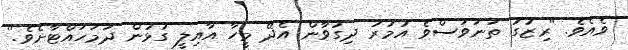
ވެއެވެ. "ރިޒުގު ތަނަވަސްވެ އުމުރު ދިގުވާން އެދޭ މީހާ އާއިލީ ގުޅުން ދަމަހައްޓާށެވެ."